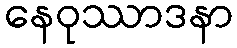
နေဝုဿာဒနာ